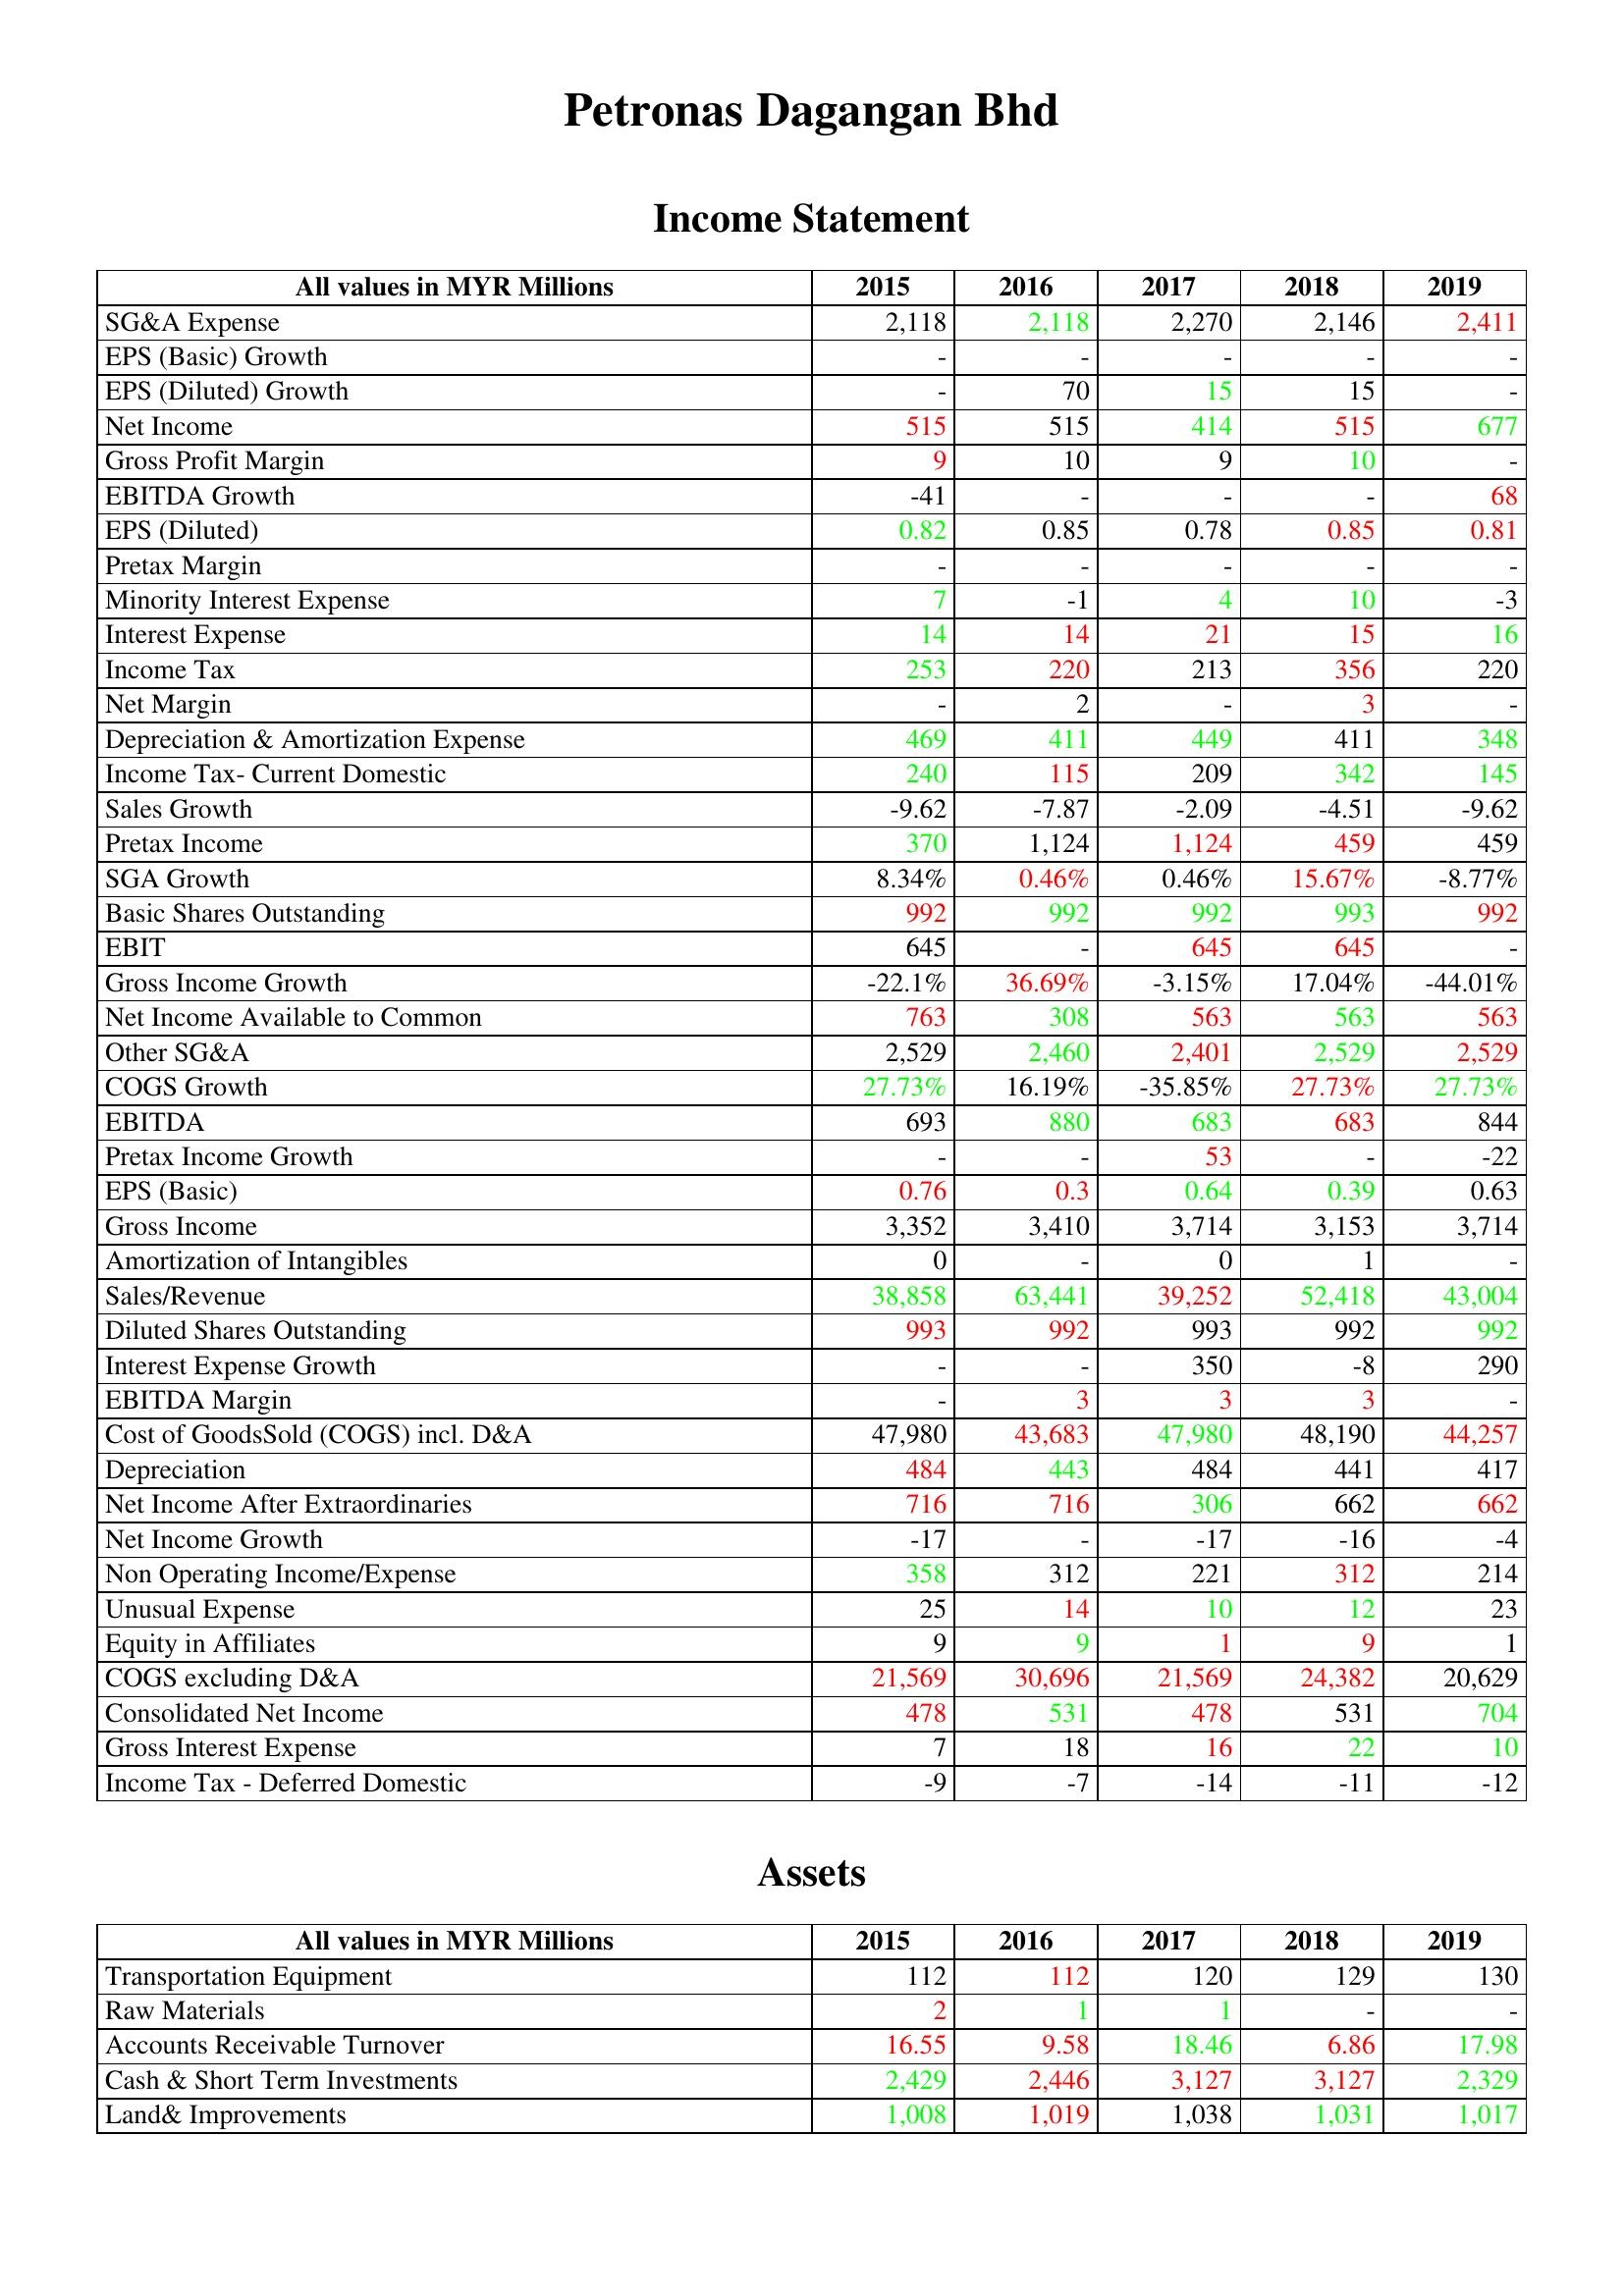
gt_parse: 2015: Income Statement: SG&A Expense: 2,118
EPS (Basic) Growth: -
EPS (Diluted) Growth: -
Net Income: 515
Gross Profit Margin: 9
EBITDA Growth: -41
EPS (Diluted): 0.82
Pretax Margin: -
Minority Interest Expense: 7
Interest Expense: 14
Income Tax: 253
Net Margin: -
Depreciation & Amortization Expense: 469
Income Tax- Current Domestic: 240
Sales Growth: -9.62
Pretax Income: 370
SGA Growth: 8.34%
Basic Shares Outstanding: 992
EBIT: 645
Gross Income Growth: -22.1%
Net Income Available to Common: 763
Other SG&A: 2,529
COGS Growth: 27.73%
EBITDA: 693
Pretax Income Growth: -
EPS (Basic): 0.76
Gross Income: 3,352
Amortization of Intangibles: 0
Sales/Revenue: 38,858
Diluted Shares Outstanding: 993
Interest Expense Growth: -
EBITDA Margin: -
Cost of GoodsSold (COGS) incl. D&A: 47,980
Depreciation: 484
Net Income After Extraordinaries: 716
Net Income Growth: -17
Non Operating Income/Expense: 358
Unusual Expense: 25
Equity in Affiliates: 9
COGS excluding D&A: 21,569
Consolidated Net Income: 478
Gross Interest Expense: 7
Income Tax - Deferred Domestic: -9
Assets: Transportation Equipment: 112
Raw Materials: 2
Accounts Receivable Turnover: 16.55
Cash & Short Term Investments: 2,429
Land& Improvements: 1,008
2016: Income Statement: SG&A Expense: 2,118
EPS (Basic) Growth: -
EPS (Diluted) Growth: 70
Net Income: 515
Gross Profit Margin: 10
EBITDA Growth: -
EPS (Diluted): 0.85
Pretax Margin: -
Minority Interest Expense: -1
Interest Expense: 14
Income Tax: 220
Net Margin: 2
Depreciation & Amortization Expense: 411
Income Tax- Current Domestic: 115
Sales Growth: -7.87
Pretax Income: 1,124
SGA Growth: 0.46%
Basic Shares Outstanding: 992
EBIT: -
Gross Income Growth: 36.69%
Net Income Available to Common: 308
Other SG&A: 2,460
COGS Growth: 16.19%
EBITDA: 880
Pretax Income Growth: -
EPS (Basic): 0.3
Gross Income: 3,410
Amortization of Intangibles: -
Sales/Revenue: 63,441
Diluted Shares Outstanding: 992
Interest Expense Growth: -
EBITDA Margin: 3
Cost of GoodsSold (COGS) incl. D&A: 43,683
Depreciation: 443
Net Income After Extraordinaries: 716
Net Income Growth: -
Non Operating Income/Expense: 312
Unusual Expense: 14
Equity in Affiliates: 9
COGS excluding D&A: 30,696
Consolidated Net Income: 531
Gross Interest Expense: 18
Income Tax - Deferred Domestic: -7
Assets: Transportation Equipment: 112
Raw Materials: 1
Accounts Receivable Turnover: 9.58
Cash & Short Term Investments: 2,446
Land& Improvements: 1,019
2017: Income Statement: SG&A Expense: 2,270
EPS (Basic) Growth: -
EPS (Diluted) Growth: 15
Net Income: 414
Gross Profit Margin: 9
EBITDA Growth: -
EPS (Diluted): 0.78
Pretax Margin: -
Minority Interest Expense: 4
Interest Expense: 21
Income Tax: 213
Net Margin: -
Depreciation & Amortization Expense: 449
Income Tax- Current Domestic: 209
Sales Growth: -2.09
Pretax Income: 1,124
SGA Growth: 0.46%
Basic Shares Outstanding: 992
EBIT: 645
Gross Income Growth: -3.15%
Net Income Available to Common: 563
Other SG&A: 2,401
COGS Growth: -35.85%
EBITDA: 683
Pretax Income Growth: 53
EPS (Basic): 0.64
Gross Income: 3,714
Amortization of Intangibles: 0
Sales/Revenue: 39,252
Diluted Shares Outstanding: 993
Interest Expense Growth: 350
EBITDA Margin: 3
Cost of GoodsSold (COGS) incl. D&A: 47,980
Depreciation: 484
Net Income After Extraordinaries: 306
Net Income Growth: -17
Non Operating Income/Expense: 221
Unusual Expense: 10
Equity in Affiliates: 1
COGS excluding D&A: 21,569
Consolidated Net Income: 478
Gross Interest Expense: 16
Income Tax - Deferred Domestic: -14
Assets: Transportation Equipment: 120
Raw Materials: 1
Accounts Receivable Turnover: 18.46
Cash & Short Term Investments: 3,127
Land& Improvements: 1,038
2018: Income Statement: SG&A Expense: 2,146
EPS (Basic) Growth: -
EPS (Diluted) Growth: 15
Net Income: 515
Gross Profit Margin: 10
EBITDA Growth: -
EPS (Diluted): 0.85
Pretax Margin: -
Minority Interest Expense: 10
Interest Expense: 15
Income Tax: 356
Net Margin: 3
Depreciation & Amortization Expense: 411
Income Tax- Current Domestic: 342
Sales Growth: -4.51
Pretax Income: 459
SGA Growth: 15.67%
Basic Shares Outstanding: 993
EBIT: 645
Gross Income Growth: 17.04%
Net Income Available to Common: 563
Other SG&A: 2,529
COGS Growth: 27.73%
EBITDA: 683
Pretax Income Growth: -
EPS (Basic): 0.39
Gross Income: 3,153
Amortization of Intangibles: 1
Sales/Revenue: 52,418
Diluted Shares Outstanding: 992
Interest Expense Growth: -8
EBITDA Margin: 3
Cost of GoodsSold (COGS) incl. D&A: 48,190
Depreciation: 441
Net Income After Extraordinaries: 662
Net Income Growth: -16
Non Operating Income/Expense: 312
Unusual Expense: 12
Equity in Affiliates: 9
COGS excluding D&A: 24,382
Consolidated Net Income: 531
Gross Interest Expense: 22
Income Tax - Deferred Domestic: -11
Assets: Transportation Equipment: 129
Raw Materials: -
Accounts Receivable Turnover: 6.86
Cash & Short Term Investments: 3,127
Land& Improvements: 1,031
2019: Income Statement: SG&A Expense: 2,411
EPS (Basic) Growth: -
EPS (Diluted) Growth: -
Net Income: 677
Gross Profit Margin: -
EBITDA Growth: 68
EPS (Diluted): 0.81
Pretax Margin: -
Minority Interest Expense: -3
Interest Expense: 16
Income Tax: 220
Net Margin: -
Depreciation & Amortization Expense: 348
Income Tax- Current Domestic: 145
Sales Growth: -9.62
Pretax Income: 459
SGA Growth: -8.77%
Basic Shares Outstanding: 992
EBIT: -
Gross Income Growth: -44.01%
Net Income Available to Common: 563
Other SG&A: 2,529
COGS Growth: 27.73%
EBITDA: 844
Pretax Income Growth: -22
EPS (Basic): 0.63
Gross Income: 3,714
Amortization of Intangibles: -
Sales/Revenue: 43,004
Diluted Shares Outstanding: 992
Interest Expense Growth: 290
EBITDA Margin: -
Cost of GoodsSold (COGS) incl. D&A: 44,257
Depreciation: 417
Net Income After Extraordinaries: 662
Net Income Growth: -4
Non Operating Income/Expense: 214
Unusual Expense: 23
Equity in Affiliates: 1
COGS excluding D&A: 20,629
Consolidated Net Income: 704
Gross Interest Expense: 10
Income Tax - Deferred Domestic: -12
Assets: Transportation Equipment: 130
Raw Materials: -
Accounts Receivable Turnover: 17.98
Cash & Short Term Investments: 2,329
Land& Improvements: 1,017